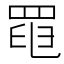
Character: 𦋍